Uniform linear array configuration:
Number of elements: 4
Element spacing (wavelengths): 1
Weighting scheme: hann
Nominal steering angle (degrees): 15
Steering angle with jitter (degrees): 14.636
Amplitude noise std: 0.05
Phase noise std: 0.05

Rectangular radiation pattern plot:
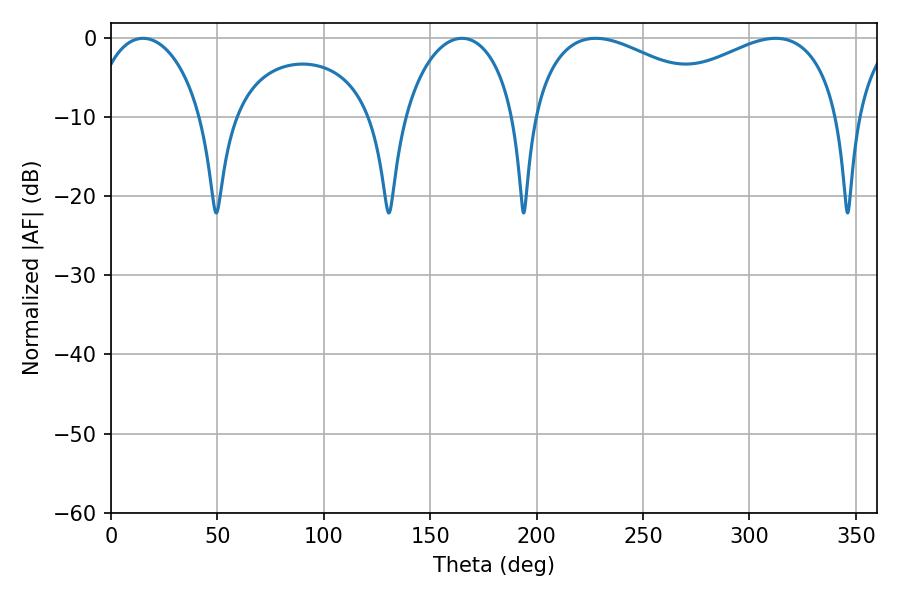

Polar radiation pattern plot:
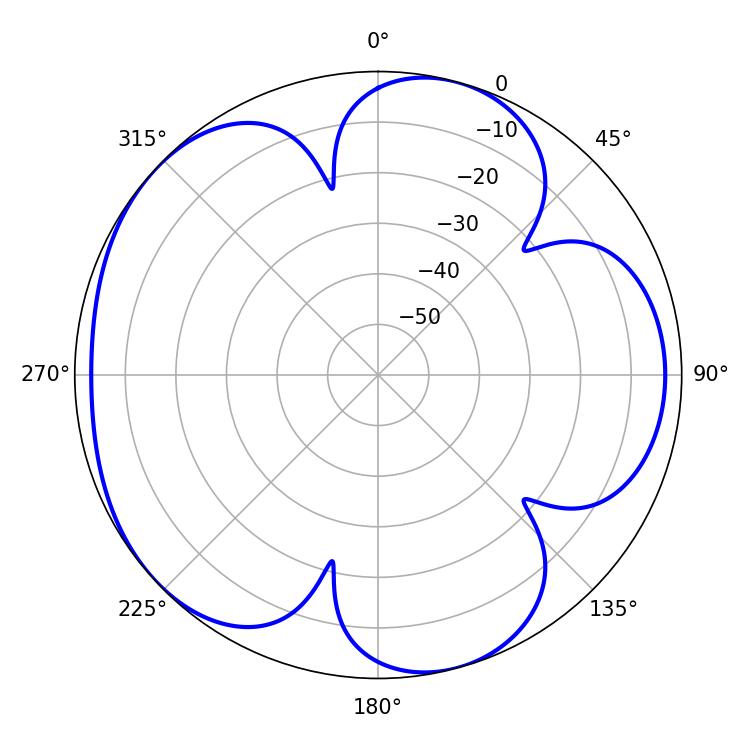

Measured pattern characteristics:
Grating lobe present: TRUE
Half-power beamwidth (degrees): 52.92
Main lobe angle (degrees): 227.7